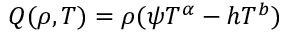
Q ( \rho , T ) = \rho ( \psi T ^ { \alpha } - h T ^ { b } )